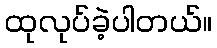
ထုလုပ်ခဲ့ပါတယ်။